Treatise on elephants
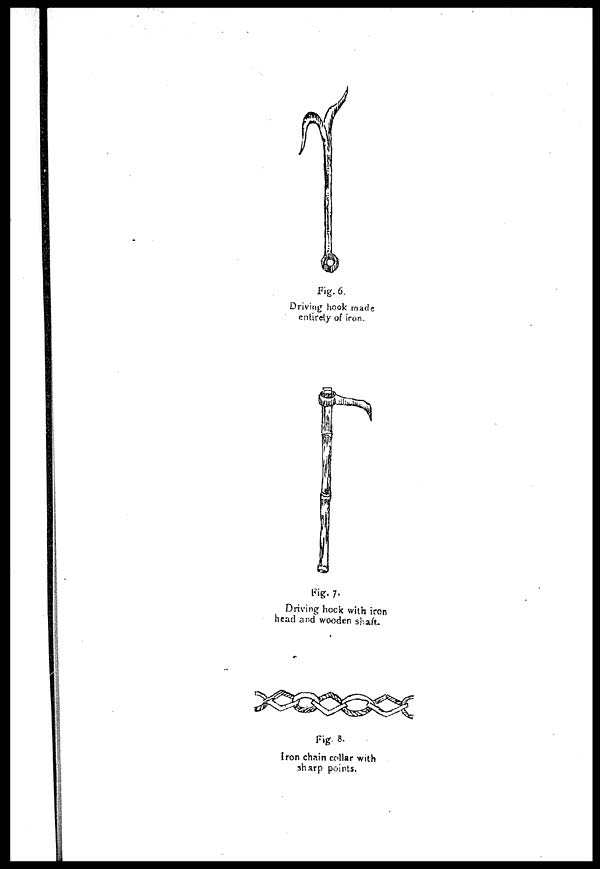
Fig. 6.
Driving; hook made
entirely of iron.
Fig. 7.
Driving hock with iron
head and wooden shaft.
Fig. 8.
Iron chain collar with
sharp points,